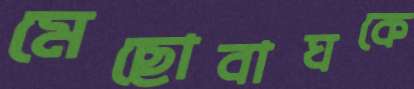
মেছোবাঘকে